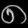
Digit: ၈